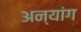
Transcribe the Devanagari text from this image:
अन्यांग